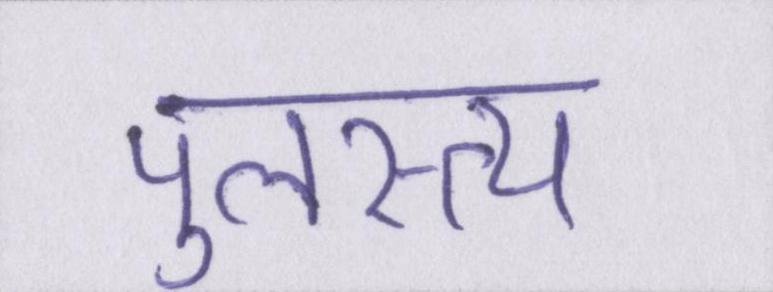
पुलस्त्य